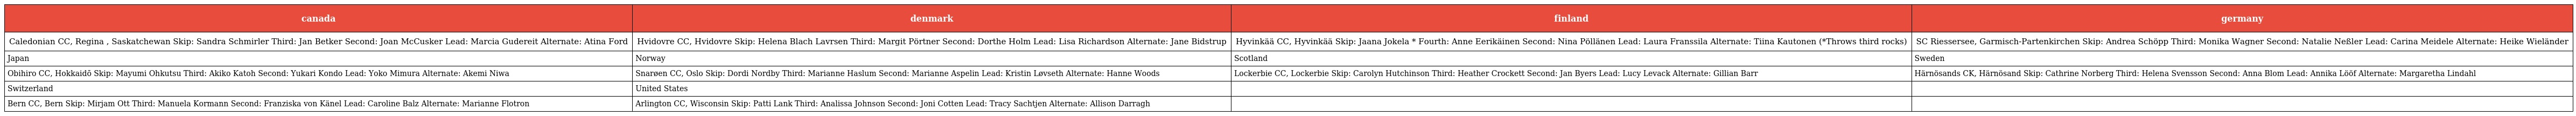
| canada | denmark | finland | germany |
 | --- | --- | --- | --- |
 | Caledonian CC, Regina , Saskatchewan Skip: Sandra Schmirler Third: Jan Betker Second: Joan McCusker Lead: Marcia Gudereit Alternate: Atina Ford | Hvidovre CC, Hvidovre Skip: Helena Blach Lavrsen Third: Margit Pörtner Second: Dorthe Holm Lead: Lisa Richardson Alternate: Jane Bidstrup | Hyvinkää CC, Hyvinkää Skip: Jaana Jokela * Fourth: Anne Eerikäinen Second: Nina Pöllänen Lead: Laura Franssila Alternate: Tiina Kautonen (*Throws third rocks) | SC Riessersee, Garmisch-Partenkirchen Skip: Andrea Schöpp Third: Monika Wagner Second: Natalie Neßler Lead: Carina Meidele Alternate: Heike Wieländer |
 | Japan | Norway | Scotland | Sweden |
 | Obihiro CC, Hokkaidō Skip: Mayumi Ohkutsu Third: Akiko Katoh Second: Yukari Kondo Lead: Yoko Mimura Alternate: Akemi Niwa | Snarøen CC, Oslo Skip: Dordi Nordby Third: Marianne Haslum Second: Marianne Aspelin Lead: Kristin Løvseth Alternate: Hanne Woods | Lockerbie CC, Lockerbie Skip: Carolyn Hutchinson Third: Heather Crockett Second: Jan Byers Lead: Lucy Levack Alternate: Gillian Barr | Härnösands CK, Härnösand Skip: Cathrine Norberg Third: Helena Svensson Second: Anna Blom Lead: Annika Lööf Alternate: Margaretha Lindahl |
 | Switzerland | United States |  |  |
 | Bern CC, Bern Skip: Mirjam Ott Third: Manuela Kormann Second: Franziska von Känel Lead: Caroline Balz Alternate: Marianne Flotron | Arlington CC, Wisconsin Skip: Patti Lank Third: Analissa Johnson Second: Joni Cotten Lead: Tracy Sachtjen Alternate: Allison Darragh |  |  |